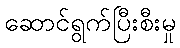
ဆောင်ရွက်ပြီးစီးမှု